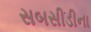
સબસીડીના